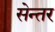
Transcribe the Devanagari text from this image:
सेन्तर